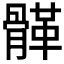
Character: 𩩸